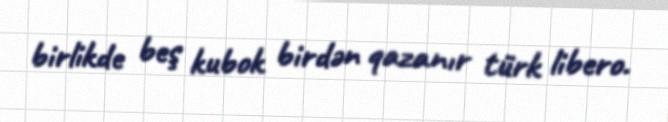
birlikde beş kubok birdən qazanır türk libero.